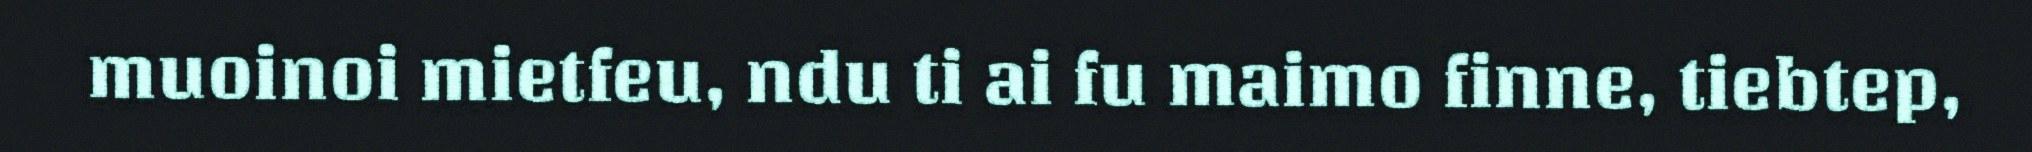
muoinoi mietfeu, ndu ti ai fu maimo finne, tiebtep,